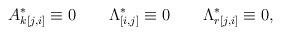
LaTeX: \begin{align*}A^{*}_{k[j,i]}\equiv 0\qquad \Lambda ^{*}_{[i,j]}\equiv 0\qquad\Lambda ^{*}_{r[j,i]}\equiv 0 ,\end{align*}